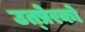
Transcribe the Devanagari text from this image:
उत्प्रेरको